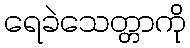
ရေခဲသေတ္တာကို